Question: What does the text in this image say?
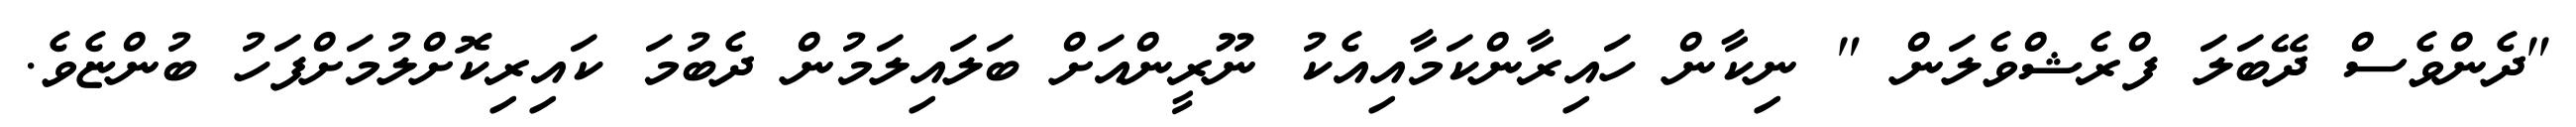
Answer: "ދެންވެސް ދޭބަލަ ފްރެޝްވެލަން " ނިކާން ހައިރާންކަމާއިއެކު ނޫރީންއަށް ބަލައިލަމުން ދެބުމަ ކައިރިކޮށްލުމަށްފަހު ބުންޏެވެ.